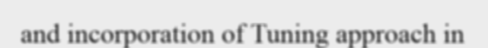
and incorporation of Tuning approach in